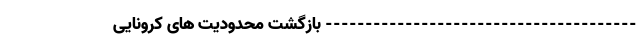
--------------------------------------- بازگشت محدودیت های کرونایی